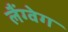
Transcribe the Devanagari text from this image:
लैंग्वेग